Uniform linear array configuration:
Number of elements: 16
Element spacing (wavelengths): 0.25
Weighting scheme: hamming
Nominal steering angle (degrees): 60
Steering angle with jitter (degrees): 59.535
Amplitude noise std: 0.05
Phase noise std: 0.05

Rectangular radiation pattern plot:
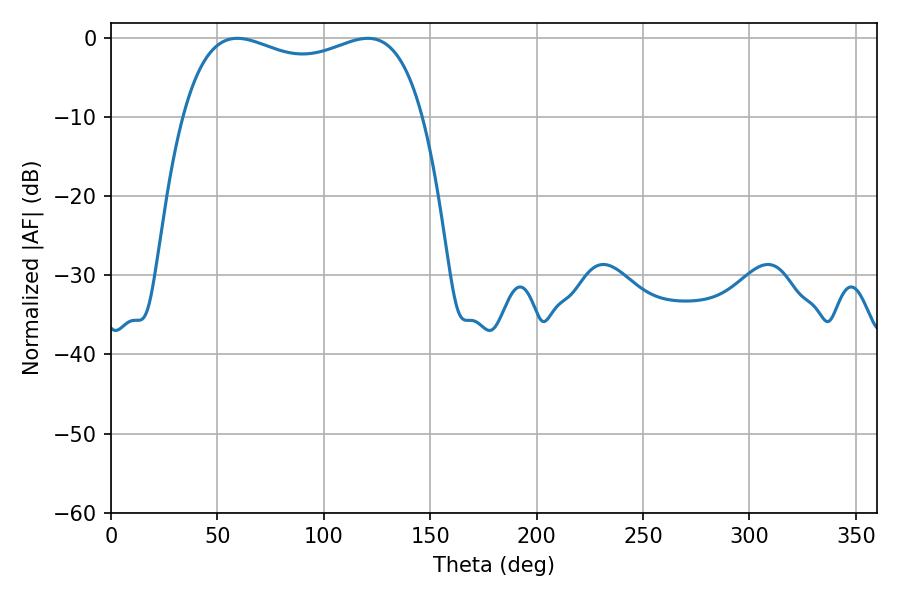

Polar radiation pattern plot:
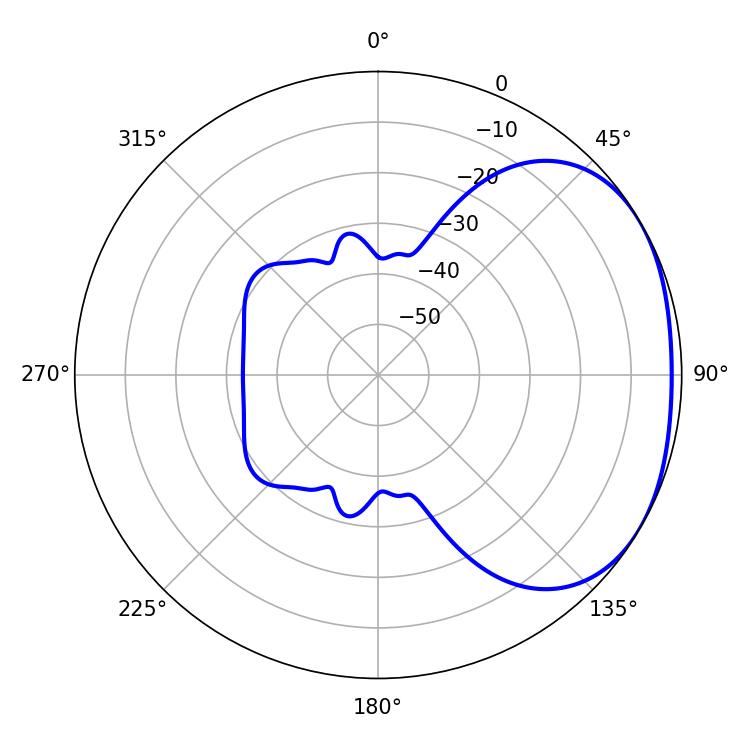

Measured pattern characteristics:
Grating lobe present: FALSE
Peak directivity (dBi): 2.108
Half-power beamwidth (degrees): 92.88
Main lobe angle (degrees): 59.4